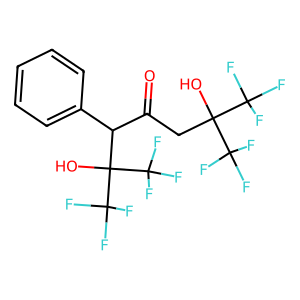
SMILES: O=C(CC(O)(C(F)(F)F)C(F)(F)F)C(c1ccccc1)C(O)(C(F)(F)F)C(F)(F)F
Inhibits HIV replication: No